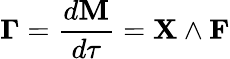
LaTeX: {\boldsymbol{\Gamma}}={\frac{d\mathbf{M}}{d\tau}}=\mathbf{X}\wedge\mathbf{F}